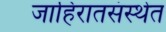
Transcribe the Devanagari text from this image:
जाहिरातसंस्थेत